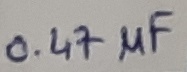
Text: 0.47µF